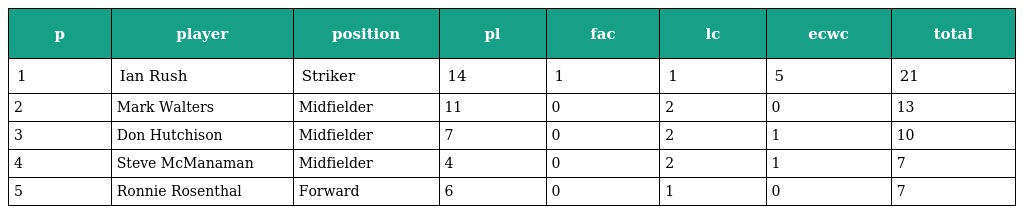
| p | player | position | pl | fac | lc | ecwc | total |
 | --- | --- | --- | --- | --- | --- | --- | --- |
 | 1 | Ian Rush | Striker | 14 | 1 | 1 | 5 | 21 |
 | 2 | Mark Walters | Midfielder | 11 | 0 | 2 | 0 | 13 |
 | 3 | Don Hutchison | Midfielder | 7 | 0 | 2 | 1 | 10 |
 | 4 | Steve McManaman | Midfielder | 4 | 0 | 2 | 1 | 7 |
 | 5 | Ronnie Rosenthal | Forward | 6 | 0 | 1 | 0 | 7 |